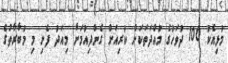
މުޅިއެކު 100 ދުވަހުގެ މުއްދަތަކަށް ކުރިއަށް ގެންދިއުމަށް މިއަދު ފެށި މި މުބާރާތުގެ